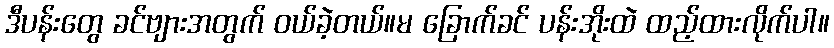
ဒီပန်းတွေ ခင်ဗျားအတွက် ဝယ်ခဲ့တယ်။မ ခြောက်ခင် ပန်းအိုးထဲ ထည့်ထားလိုက်ပါ။